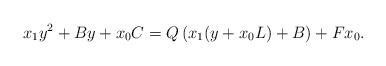
LaTeX: \begin{align*} x_1y^2+By+x_0C=Q\left(x_1(y+x_0L)+B\right)+Fx_0.\end{align*}